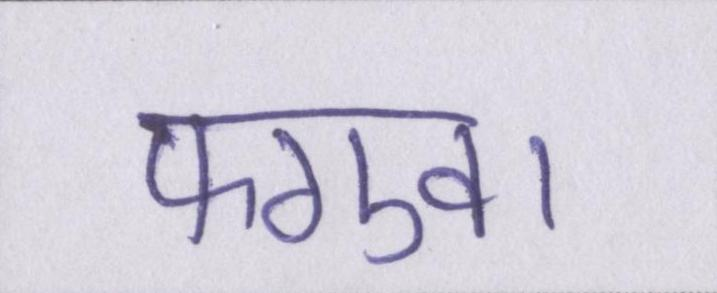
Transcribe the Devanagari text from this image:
फगुवा